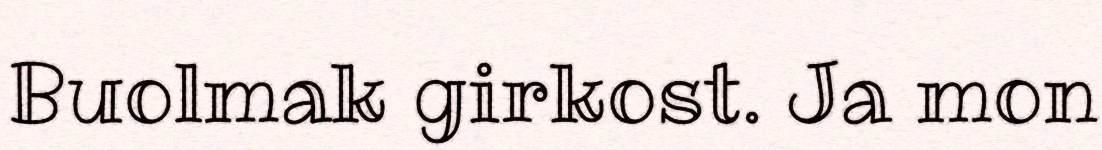
Buolmak girkost. Ja mon